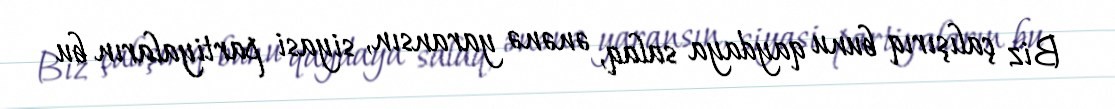
Biz çalışırıq bunu qaydaya salaq, ənənə yaransın, siyasi partiyaların bu